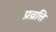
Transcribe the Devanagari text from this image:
प्रव्रत्ति